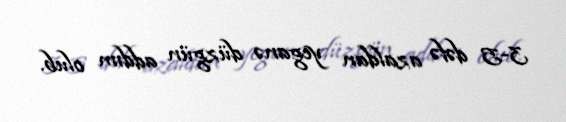
3-5 dəfə azaldan yeganə düzgün addım olub.